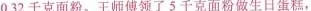
0.32千克面粉。王师傅领了5千克面粉做生日蛋糕，